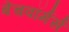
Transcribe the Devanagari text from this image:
बेंचवॉर्मर्स